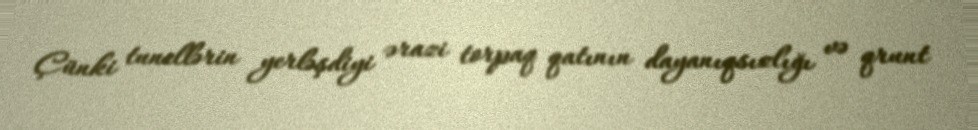
Çünki tunellərin yerləşdiyi ərazi torpaq qatının dayanıqsızlığı və qrunt